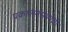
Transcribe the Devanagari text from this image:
प्रकाशनसंस्थेची